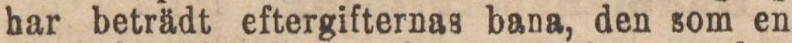
har beträdt eftergifternas bana, den som en